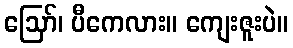
ဩော်၊ ပီကေလား။ ကျေးဇူးပဲ။